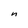
Character: n